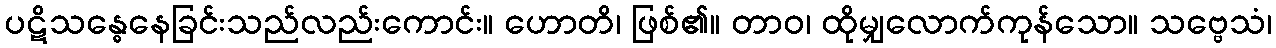
ပဋိသန္ဓေနေခြင်းသည်လည်းကောင်း။ ဟောတိ၊ ဖြစ်၏။ တာဝ၊ ထိုမျှလောက်ကုန်သော။ သဗ္ဗေသံ၊